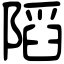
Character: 䧟